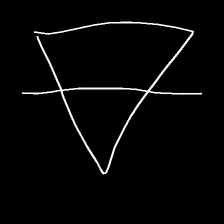
Glyph: empower